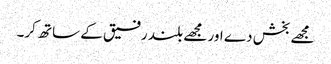
مجھے بخش دے اور مجھے بلند رفیق کے ساتھ کر۔